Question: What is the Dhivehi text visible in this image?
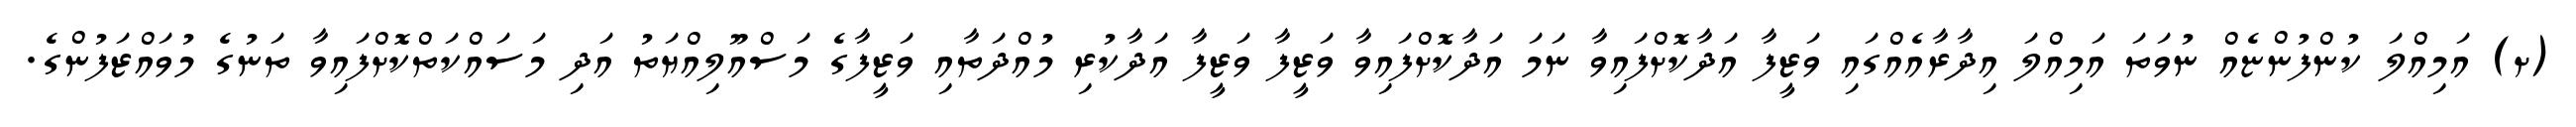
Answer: (ށ) އަމިއްލަ ކުންފުންޏެއް ނުވަތަ އަމިއްލަ އިދާރާއެއްގައި ވަޒީފާ އަދާކޮށްފައިވާ ނަމަ އަދާކޮށްފައިވާ ވަޒީފާ ވަޒީފާ އަދާކުރި މުއްދަތާއި ވަޒީފާގެ މަސްއޫލިއްޔަތު އަދި މަސައްކަތްކޮށްފައިވާ ތަނުގެ މުވައްޒަފުންގެ.